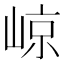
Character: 𡹡